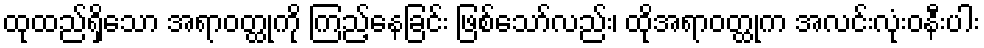
ထုထည်ရှိသော အရာဝတ္ထုကို ကြည့်နေခြင်း ဖြစ်သော်လည်း၊ ထိုအရာဝတ္ထုက အလင်းလုံးဝနီးပါး